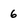
Character: 6